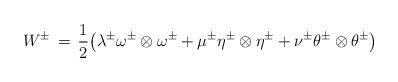
LaTeX: \begin{align*}W^{\pm} \,=\, \frac{1}{2}\big(\lambda^{\pm}\omega^{\pm}\otimes\omega^{\pm}+\mu^{\pm} \eta^{\pm}\otimes\eta^{\pm}+\nu^{\pm}\theta^{\pm}\otimes\theta^{\pm}\big)\end{align*}